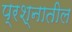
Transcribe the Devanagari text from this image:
प्रश्नातील